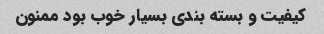
کیفیت و بسته بندی بسیار خوب بود ممنون